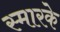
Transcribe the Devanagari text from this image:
स्‍मारके